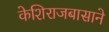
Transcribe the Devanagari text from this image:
केशिराजबासाने